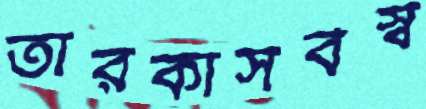
তারকাসর্বস্ব